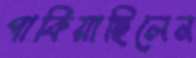
পাকিয়াছিলেন